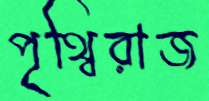
পৃথ্বিরাজ